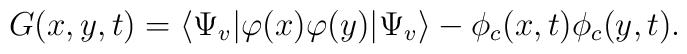
G(x,y,t) = \langle \Psi_{v}|\varphi(x)\varphi(y)| \Psi_{v} \rangle -  \phi_c(x,t)  \phi_c(y,t) .